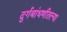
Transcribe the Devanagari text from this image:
दुर्गबांधणीतल्या